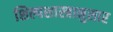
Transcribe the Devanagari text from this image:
शिल्पशास्त्रानुसार